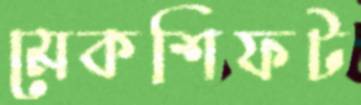
মেকশিফট